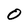
Character: 0